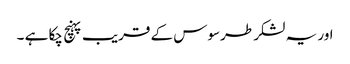
اور یہ لشکر طرسوس کے قریب پہنچ چکا ہے ۔